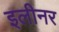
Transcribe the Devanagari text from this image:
इलीनर